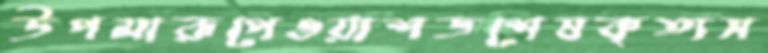
উপমারূপেওয়াশডশেষকৃত্যস